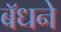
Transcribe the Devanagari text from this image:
बॅधने